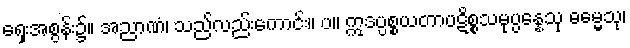
ရှေးအစွန်း၌။ အညာဏံ၊ သည်လည်းကောင်း။ ပ။ ဣဒပ္ပစ္စယတာပဋိစ္စသမုပ္ပန္နေသု ဓမ္မေသု၊